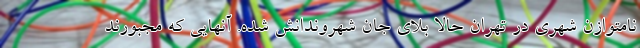
نامتوازن شهری در تهران حالا بلای جان شهروندانش شده. آنهایی که مجبورند